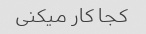
کجا کار میکنی